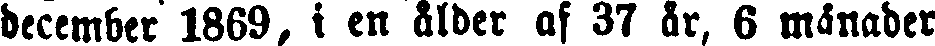
december 1869 i en ålder af 37 år, 6 månader